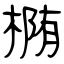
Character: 椭